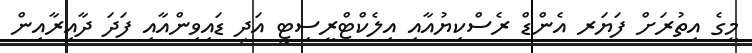
މީގެ އިތުރަށް ފަޔަރ އެންޑް ރެސްކިޔުއާއި އިލެކްޓްރީސިޓީ އަދި ޑައިވިންއާއި ފަދަ ދާއިރާއިން